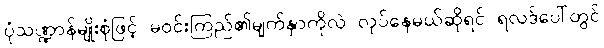
ပုံသဏ္ဍာန်မျိုးစုံဖြင့် မဝင်းကြည်၏မျက်နှာကိုလဲ လုပ်နေမယ်ဆိုရင် ရလဒ်ပေါ်တွင်